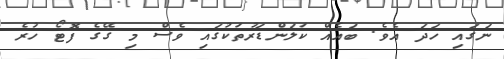
ނަގައި ހަދަ އެވެ. ބައެއް ކަލަންޑަރުތަކުގައި ވެސް މި ގޭގެ ފޮޓޯ ހުރެ